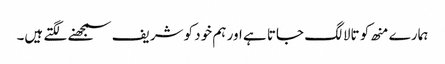
ہمارے منھ کو تالا لگ جاتا ہے اور ہم خود کو شریف سمجھنے لگتے ہیں۔